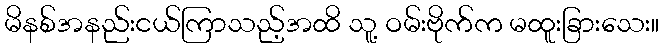
မိနစ်အနည်းငယ်ကြာသည့်အထိ သူ့ ဝမ်းဗိုက်က မထူးခြားသေး။